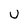
Character: U